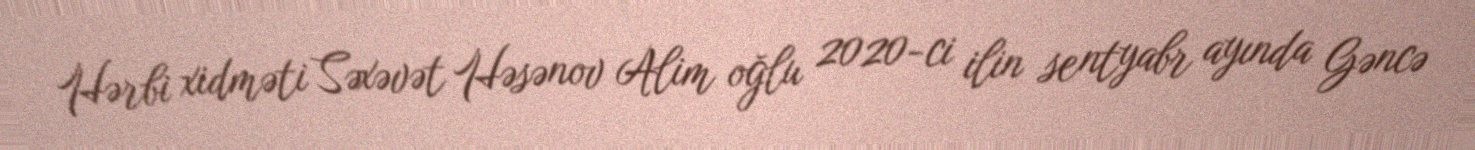
Hərbi xidməti Səxəvət Həsənov Alim oğlu 2020-ci ilin sentyabr ayında Gəncə